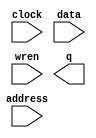
module Data_Memory (
	address,
	clock,
	data,
	wren,
	q);

	input	[7:0]  address;
	input	  clock;
	input	[15:0]  data;
	input	  wren;
	output	[15:0]  q;
`ifndef ALTERA_RESERVED_QIS
// synopsys translate_off
`endif
	tri1	  clock;
`ifndef ALTERA_RESERVED_QIS
// synopsys translate_on
`endif

endmodule